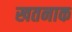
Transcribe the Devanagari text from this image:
खतनाक